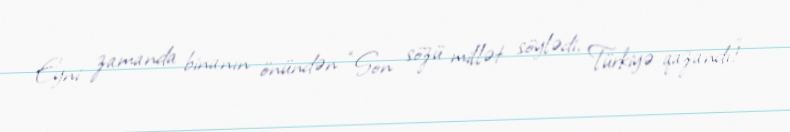
Eyni zamanda binanın önündən “Son sözü millət söylədi, Türkiyə qazandı!”